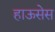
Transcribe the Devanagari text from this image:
हाऊसेस